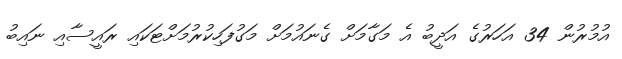
އުމުރުން 34 އަހަރުގެ އަދީބު އެ މަގާމަށް ގެނައުމަށް މަގުފަހިކުރުމަށްޓަކައި ރައީސާއި ނައިބު